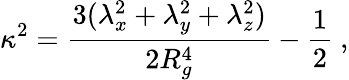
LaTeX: \kappa^{2}=\frac{3(\lambda_{x}^{2}+\lambda_{y}^{2}+\lambda_{z}^{2})}{2R_{g}^{4}}-\frac{1}{2}~,